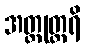
အတ္ထုတ္တရိ